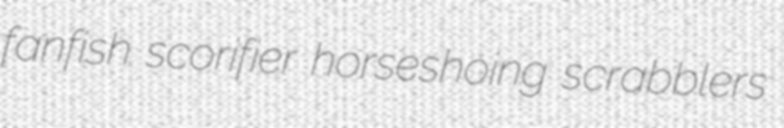
fanfish scorifier horseshoing scrabblers